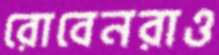
রোবেনরাও